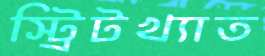
স্ট্রিটখ্যাত